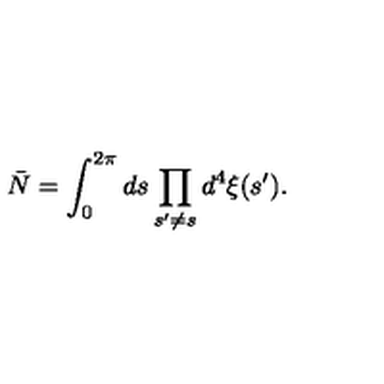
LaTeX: \bar { N } = \int _ { 0 } ^ { 2 \pi } d s \prod _ { s ^ { \prime } \neq s } d ^ { 4 } \xi ( s ^ { \prime } ) .